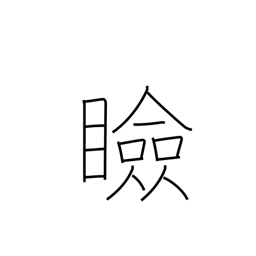
Meaning: eyelids